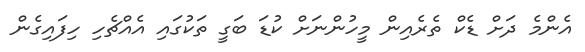
އެންމެ ދަށް ޑެކް ތެރެއިން މީހުންނަށް ކުޑަ ބަގީ ތަކުގައި އެއްޗެހި ހިފައިގެން